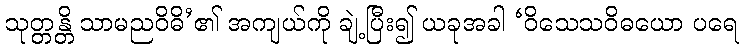
သုတ္တန္တိ သာမညဝိဓိ’၏ အကျယ်ကို ချဲ့ပြီး၍ ယခုအခါ ‘ဝိသေသဝိဓယော ပရေ